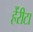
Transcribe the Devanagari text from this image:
हेंरीटा